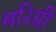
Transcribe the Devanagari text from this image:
मरिग्नी